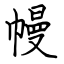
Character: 幔